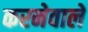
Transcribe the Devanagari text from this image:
करनेवालें